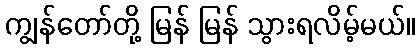
ကျွန်တော်တို့ မြန် မြန် သွားရလိမ့်မယ်။